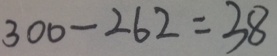
3 0 0 - 2 6 2 = 3 8